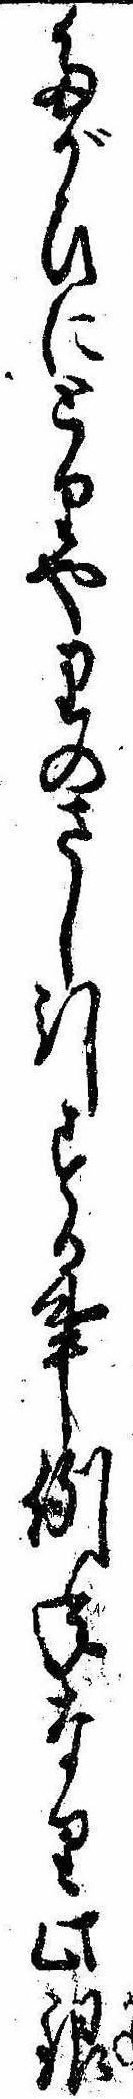
たがひにとりやりのさし引する事例年なり此銀